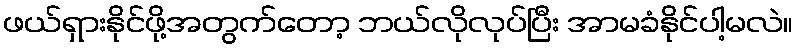
ဖယ်ရှားနိုင်ဖို့အတွက်တော့ ဘယ်လိုလုပ်ပြီး အာမခံနိုင်ပါ့မလဲ။